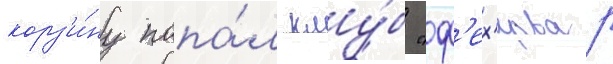
корз'и́ну попа́л клу́б "ф'ех'ервар